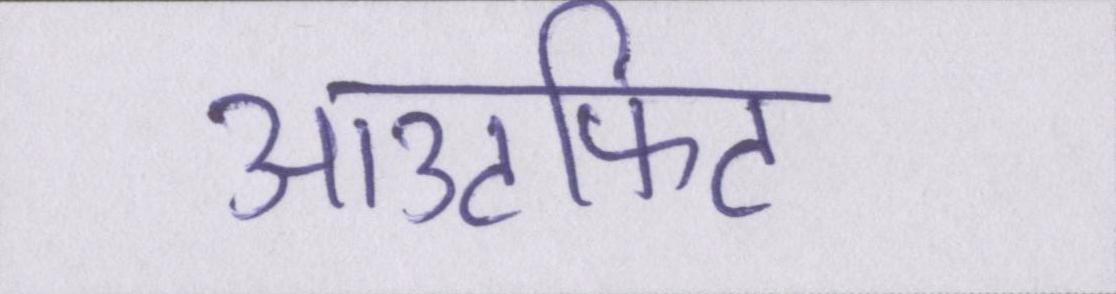
आउटफिट